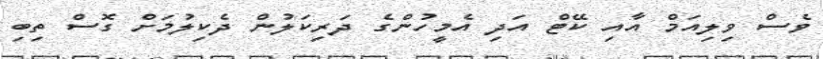
ވެސް ވިލިއަމް އާއި ކޭޓް އަދި އެމީހުންގެ ދަރިކަލުން ދެކިލުމަށް ގޮސް ތިބި